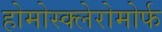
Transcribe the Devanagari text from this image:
होमोस्क्लेरोमोर्फ